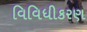
વિવિધીકરણ